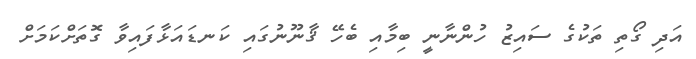
އަދި ގޯތި ތަކުގެ ސައިޒު ހުންނާނީ ބިމާއި ބެހޭ ޤާނޫނުގައި ކަނޑައަޅާފައިވާ ގޮތަށްކަމަށް